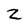
Character: Z